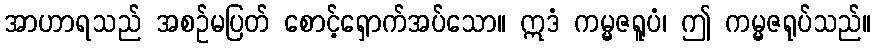
အာဟာရသည် အစဉ်မပြတ် စောင့်ရှောက်အပ်သော။ ဣဒံ ကမ္မဇရူပံ၊ ဤ ကမ္မဇရုပ်သည်။